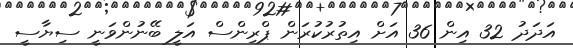
އަދަދު 32 އިން 36 އަށް އިތުރުކުރަން ޕްރިންސް އަލީ ބޭނުންވަނީ ސިޔާސީ